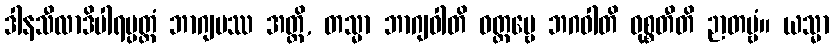
ဒါနသီလာဒိပါရပ္ပတ္တံ ဘာဂျမဿ အတ္ထိ, တသ္မာ ဘာဂျဝါတိ ဝတ္တဗ္ဗေ ဘဂဝါတိ ဝုစ္စတီတိ ဉာတဗ္ဗံ။ ယသ္မာ